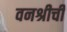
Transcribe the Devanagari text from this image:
वनश्रीची